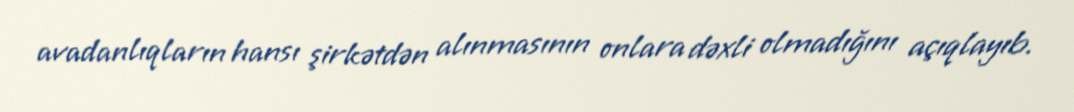
avadanlıqların hansı şirkətdən alınmasının onlara dəxli olmadığını açıqlayıb.